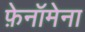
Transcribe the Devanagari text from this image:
फ़ेनॉमेना